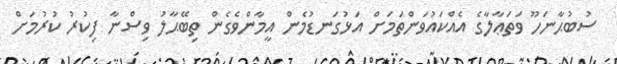
ސުބުޙާނަހޫ ވަތަޢާލާގެ އެއްކައުވަންތަމަށް އަޅުގަނޑުމެން އީމާންވެގެން ތިބޭޙާލު ވިސްނާ ފިކުރު ކުރުމަށް